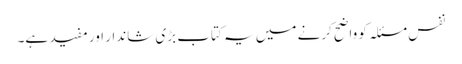
نفس مسئلہ کو واضح کرنے میں یہ کتاب بڑی شاندار اور مفید ہے۔